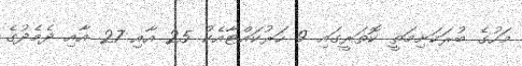
މަހުގެ ބުރަކަށިމަތީ ކޮތަރީގައި 9 ހަރުކައްޓާއެކު 25 އާއި 27 އާއި ދެމެދުގެ